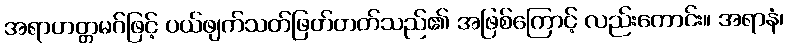
အရာဟတ္တမဂ်ဖြင့် ပယ်ဖျက်သတ်ဖြတ်တတ်သည်၏ အဖြစ်ကြောင့် လည်းကောင်း။ အရာနံ၊